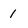
Character: 1